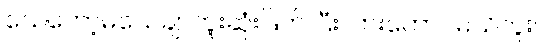
သေတော့မသေချာဘူးဆုံးဖြတ် ပြီးလားတောင်မသိဘူး။